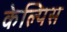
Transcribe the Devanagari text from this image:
केल्पिस